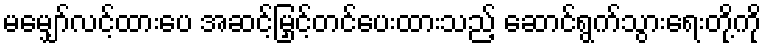
မမျှော်လင့်ထားပေ အဆင့်မြှင့်တင်ပေးထားသည့် ဆောင်ရွက်သွားရေးတို့ကို